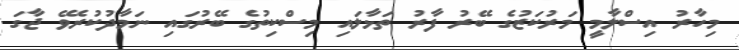
މިހާރު އިސްލާމީ މަރުކަޒުގެ ބޭރު ފާރު ތަޅާލައި މިސްކިތުގެ ބޭރުގައި ނަމާދުކުރެވޭ ޖާގަ